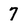
Character: 7